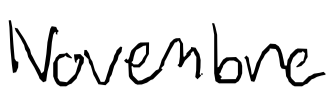
Text: Novembre
Cross-out: clean
Writing tool: digital_black